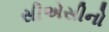
સીએસીનો